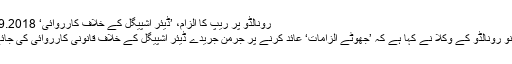
رونالڈو پر ریپ کا الزام، ’ڈیئر اشپیگل کے خلاف کارروائی‘ 29.09.2018
کرسٹیانو رونالڈو کے وکلا نے کہا ہے کہ ’جھوٹے الزامات‘ عائد کرنے پر جرمن جریدے ڈیئر اشپیگل کے خلاف قانونی کارروائی کی جائے گی۔